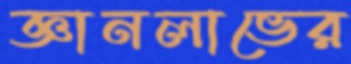
জ্ঞানলাভের